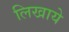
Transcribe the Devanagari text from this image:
लिखाये